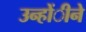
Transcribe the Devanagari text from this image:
उन्होंीने